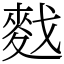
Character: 䴰